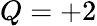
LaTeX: Q=+2